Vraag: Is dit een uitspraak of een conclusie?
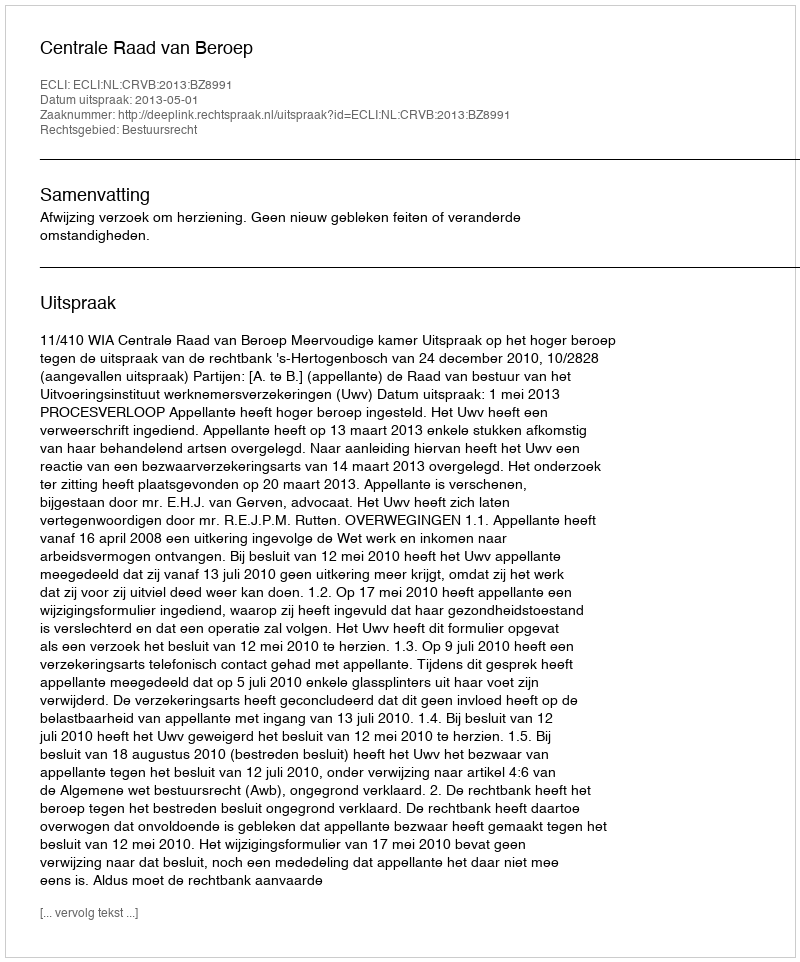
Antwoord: Uitspraak